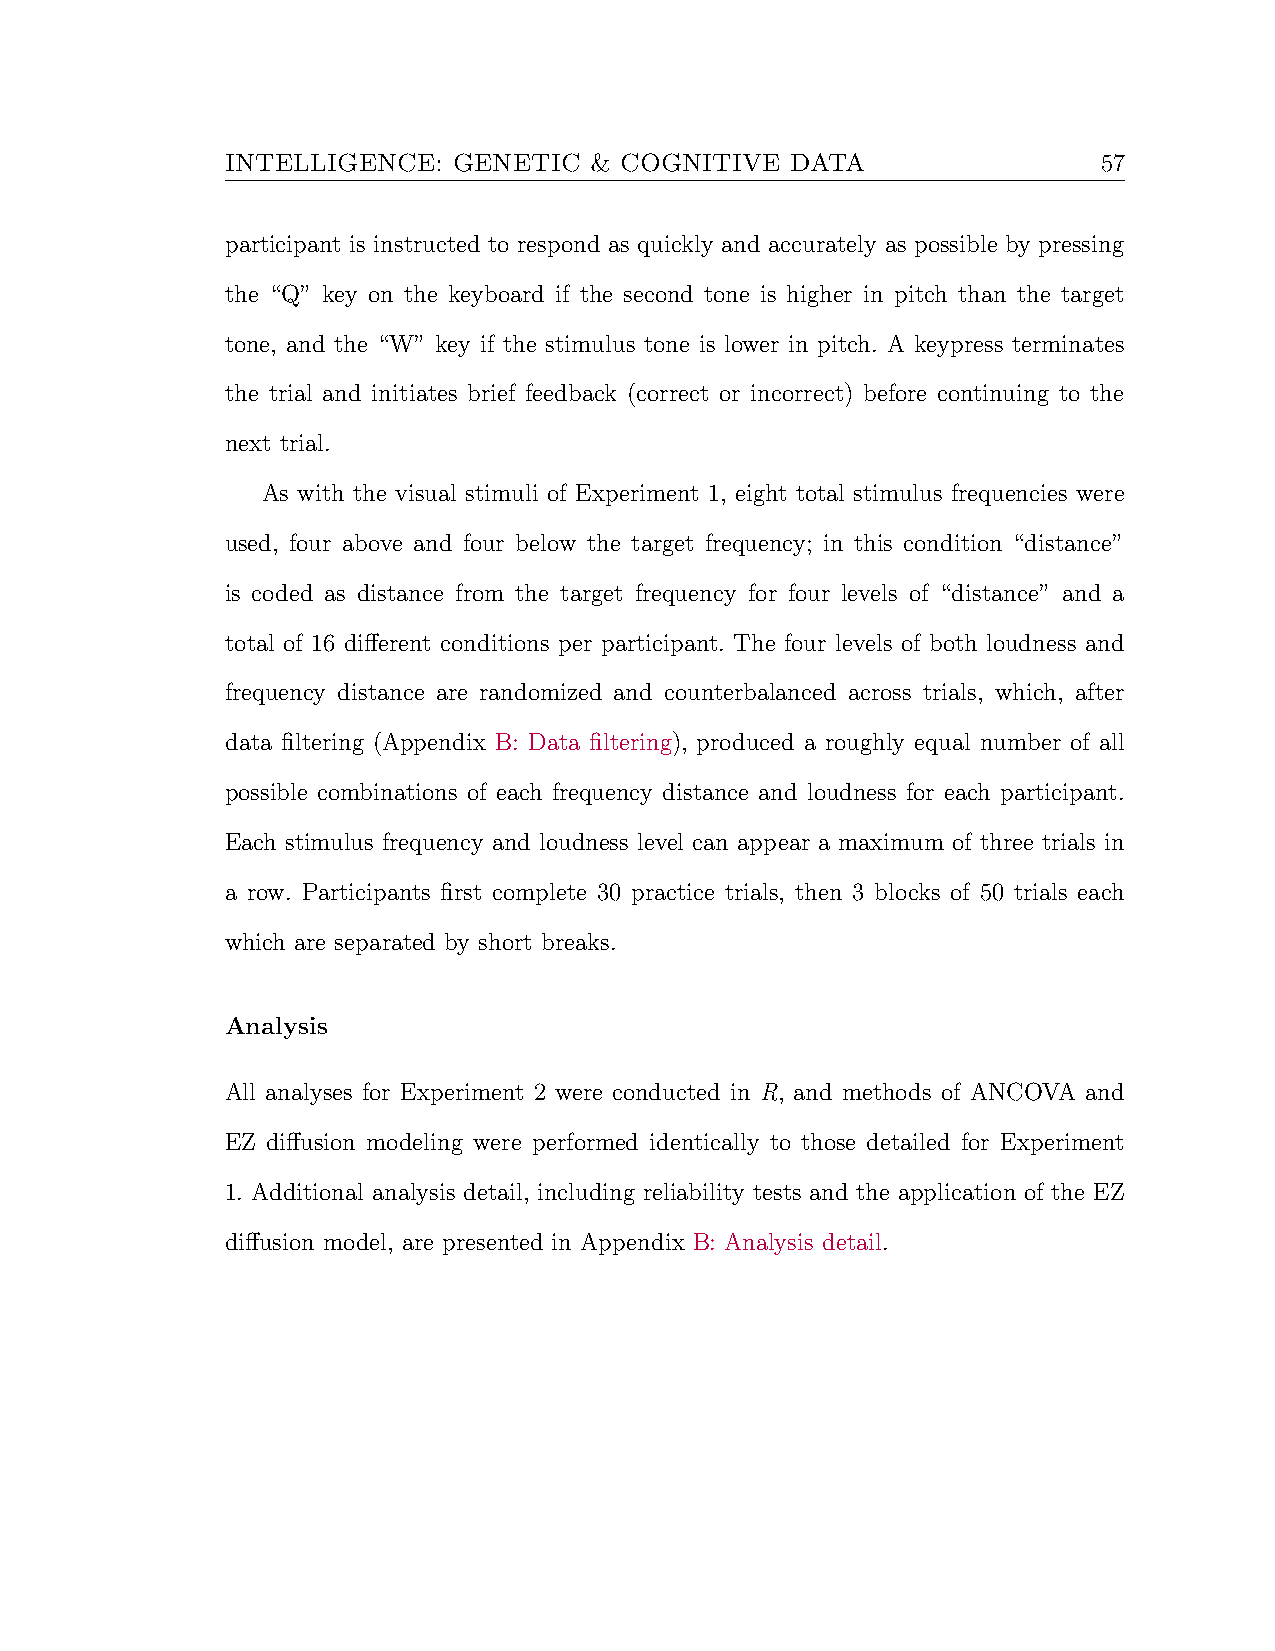
INTELLIGENCE:  GENETIC  & COGNITIVE  DATA                 57
 participant is instructed to respond as quickly and accurately as possible by pressing
 the “Q” key on the keyboard if the second tone is higher in pitch than the target
 tone, and the “W” key if the stimulus tone is lower in pitch. A keypress terminates
 the trial and initiates brief feedback (correct or incorrect) before continuing to the
 next trial.
 As with the visual stimuli of Experiment 1, eight total stimulus frequencies were
 used, four above and four below the target frequency; in this condition “distance”
 is coded as distance from the target frequency for four levels of “distance” and a
 total of 16 different conditions per participant. The four levels of both loudness and
 frequency distance are randomized and counterbalanced across trials, which, after
 data filtering (Appendix B: Data filtering), produced a roughly equal number of all
 possible combinations of each frequency distance and loudness for each participant.
 Each stimulus frequency and loudness level can appear a maximum of three trials in
 a row. Participants first complete 30 practice trials, then 3 blocks of 50 trials each
 which are separated by short breaks.
 Analysis
 All analyses for Experiment 2 were conducted in R, and methods of ANCOVA and
 EZ diffusion modeling were performed identically to those detailed for Experiment
 1. Additional analysis detail, including reliability tests and the application of the EZ
 diffusion model, are presented in Appendix B: Analysis detail.